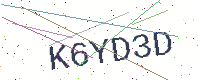
Text: K6YD3D